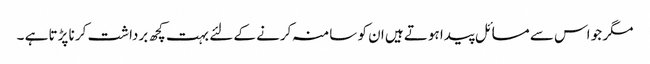
مگر جو اس سے مسائل پیدا ہوتے ہیں ان کو سامنہ کرنے کے لئے بہت کچھ برداشت کر نا پڑتا ہے ۔